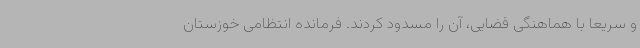
و سریعا با هماهنگی قضایی، آن را مسدود کردند. فرمانده انتظامی خوزستان